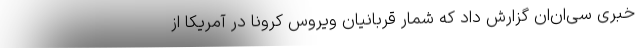
خبری سی‌ان‌ان گزارش داد که شمار قربانیان ویروس کرونا در آمریکا از